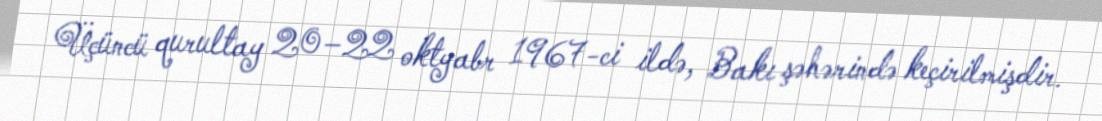
Üçüncü qurultay 20–22 oktyabr 1967-ci ildə, Bakı şəhərində keçirilmişdir.